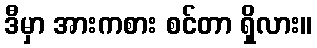
ဒီမှာ အားကစား စင်တာ ရှိလား။